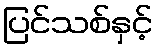
ပြင်သစ်နှင့်